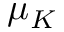
\mu _ { K }